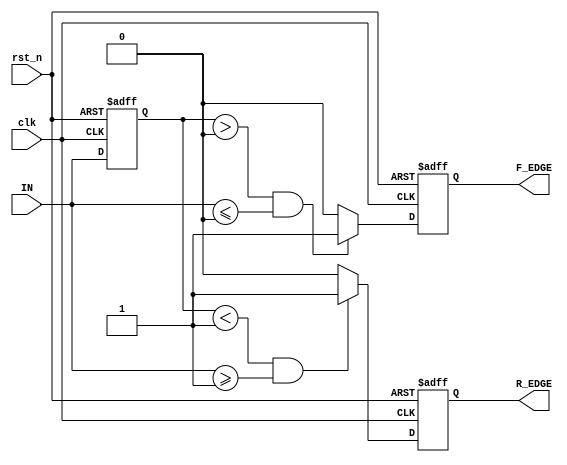
module SchmittTriggerEdgeDetector (
    input wire clk,            // Clock input
    input wire rst_n,         // Active low reset
    input wire IN,            // Input signal
    output reg R_EDGE,        // Rising edge output
    output reg F_EDGE         // Falling edge output
);

// Parameters for hysteresis thresholds
parameter HIGH_THRESH = 1'b1; // Example high threshold
parameter LOW_THRESH  = 1'b0;  // Example low threshold

// Internal signals
reg prev_state; // Memory element to store previous state of input signal

// Initialization
always @(posedge clk or negedge rst_n) begin
    if (!rst_n) begin
        prev_state <= LOW_THRESH; // Reset memory element to low
        R_EDGE <= 1'b0;           // Clear rising edge output
        F_EDGE <= 1'b0;           // Clear falling edge output
    end else begin
        // Edge detection logic
        R_EDGE <= 1'b0; // Clear R_EDGE initially in this clock cycle
        F_EDGE <= 1'b0; // Clear F_EDGE initially in this clock cycle

        // Rising edge detection
        if (prev_state < HIGH_THRESH && IN >= HIGH_THRESH) begin
            R_EDGE <= 1'b1; // Rising edge detected
        end
        
        // Falling edge detection
        if (prev_state > LOW_THRESH && IN <= LOW_THRESH) begin
            F_EDGE <= 1'b1; // Falling edge detected
        end

        // Update previous state to current state
        prev_state <= IN;
    end
end

endmodule